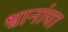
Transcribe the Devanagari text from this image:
श्वानांचा